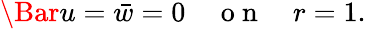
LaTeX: \Bar{u}=\bar{w}=0\quad\mathrm{~o~n~}\quad r=1.